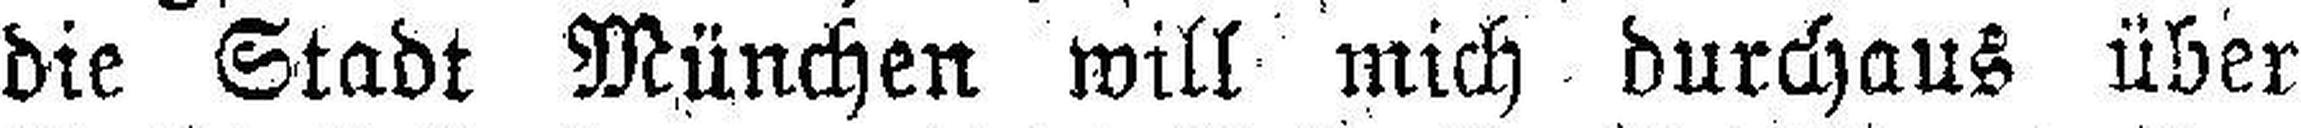
die Stadt München will mich durchaus über